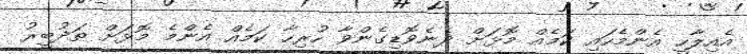
އެއިލާހީ އެންމެހައި ކަމެއް މޮޅަށް ދެނެވޮޑިގެންވާ ހުރިހާ ކަމެއް އެންމެ މޮޅަށް ތަދުބީރު